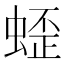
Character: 𱿯